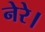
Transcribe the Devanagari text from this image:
नेरे।